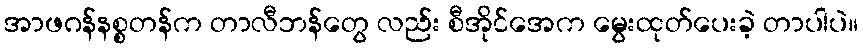
အာဖဂန်နစ္စတန်က တာလီဘန်တွေ လည်း စီအိုင်အေက မွေးထုတ်ပေးခဲ့ တာပါပဲ။